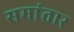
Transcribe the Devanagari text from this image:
समांतार